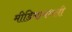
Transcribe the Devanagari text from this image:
मीडियामधली